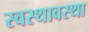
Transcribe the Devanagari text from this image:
स्वस्थावस्था